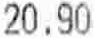
20.90